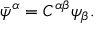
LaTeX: \bar { \psi } ^ { \alpha } = C ^ { \alpha \beta } \psi _ { \beta } .